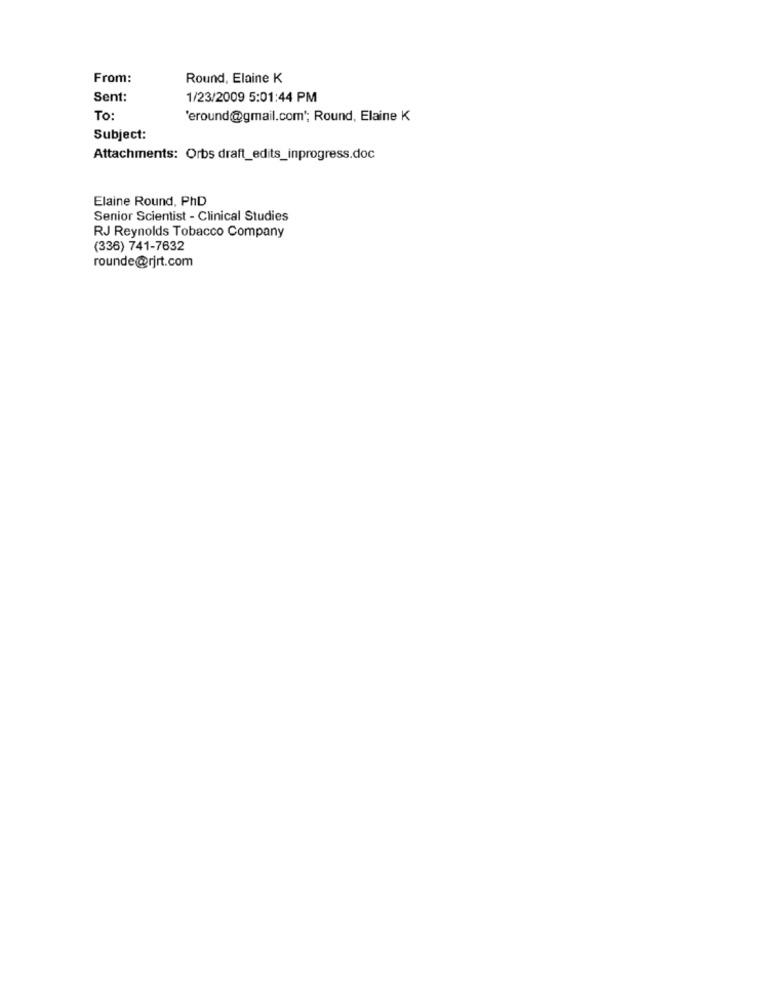
From:
Round, Elaine K
Sent:
1/23/2009 5:01:44 PM
To:
'eround@gmail.com"; Round, Elaine K
Subject:
Attachments: Orbs draft_edits_inprogress.doc
Elaine Round, PhD
Senior Scientist - Clinical Studies
RJ Reynolds Tobacco Company
(336) 741-7632
rounde@rjrt.com